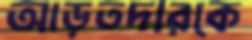
আড়তদারকে